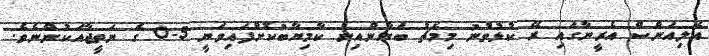
އެލިއަންސް އެރީނާގައި ރޭ ކުޅުވުނު މިމެޗު ބަޔާންއިން ކާމިޔާބުކޮށްފައިވަނީ 5-0 ގެ ނަތީޖާއަކުންނެވެ.